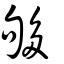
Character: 够